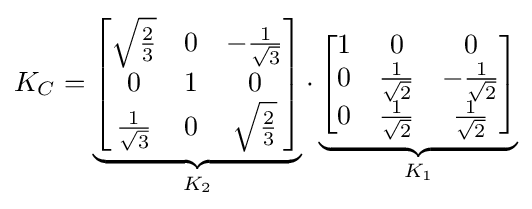
K_{C}=\underbrace {\begin{bmatrix}{\sqrt {\frac {2}{3}}}&0&-{\frac {1}{\sqrt {3}}}\\0&1&0\\{\frac {1}{\sqrt {3}}}&0&{\sqrt {\frac {2}{3}}}\end{bmatrix}} _{K_{2}}\cdot \underbrace {\begin{bmatrix}1&0&0\\0&{\frac {1}{\sqrt {2}}}&-{\frac {1}{\sqrt {2}}}\\0&{\frac {1}{\sqrt {2}}}&{\frac {1}{\sqrt {2}}}\end{bmatrix}} _{K_{1}}